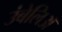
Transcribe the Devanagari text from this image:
उंबेलिअ